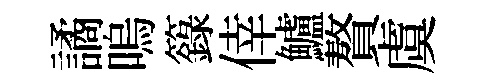
譎嗚籙倖鱸贅虞